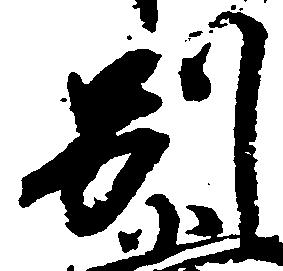
別